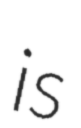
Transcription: is